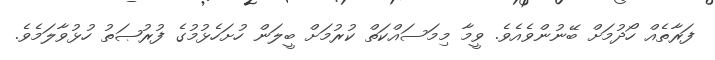
ފަރާތެއް ހޯދުމަށް ބޭނުންވެއެވެ. ވީމާ މިމަސައްކަތް ކުރުމަށް ބީލަން ހުށަހެޅުމުގެ ފުރުޞަތު ހުޅުވާލަމެވެ.